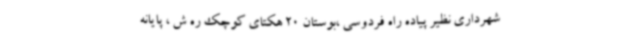
شهرداری نظیر پیاده راه فردوسی ،بوستان 20 هکتای کوچک ره ش ، پایانه